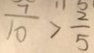
\frac { 7 } { 1 0 } > \frac { 2 } { 5 }